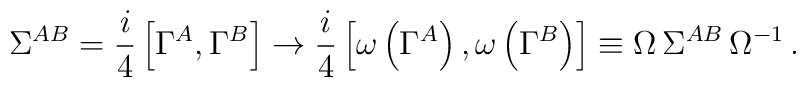
\Sigma^{AB} = {i\over 4} \left[\Gamma^A,\Gamma^B\right] \to{i\over 4} \left[\omega \left(\Gamma^A\right),\omega\left(\Gamma^B\right)\right] \equiv \Omega\, \Sigma^{AB}\, \Omega^{-1} \, .